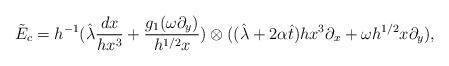
LaTeX: \begin{align*}\tilde{E}_c = h^{-1}(\hat{\lambda}\frac{dx}{hx^3} + \frac{g_1(\omega\partial_y)}{h^{1/2}x}) \otimes ( (\hat{\lambda}+2\alpha\hat{t})hx^3\partial_x + \omega h^{1/2}x\partial_y),\end{align*}